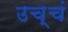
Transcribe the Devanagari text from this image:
उच्चं